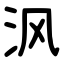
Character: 沨